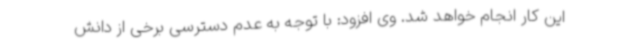
این کار انجام خواهد شد. وی افزود: با توجه به عدم دسترسی برخی از دانش